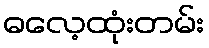
ဓလေ့ထုံးတမ်း